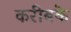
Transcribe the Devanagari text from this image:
करीबके